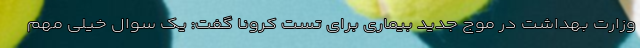
وزارت بهداشت در موج جدید بیماری برای تست کرونا گفت: یک سوال خیلی مهم